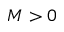
M > 0